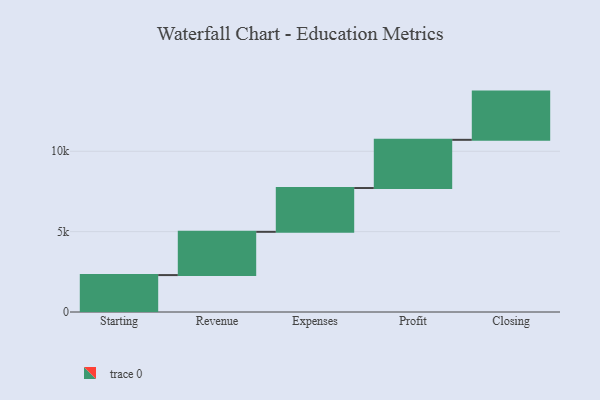
{"axis": {"x": "Step", "y": "Value"}, "legend": [""], "data": [{"x": "Starting", "y": 2297.0, "type": ""}, {"x": "Revenue", "y": 2692.0, "type": ""}, {"x": "Expenses", "y": 2724.0, "type": ""}, {"x": "Profit", "y": 3000, "type": ""}, {"x": "Closing", "y": 3000, "type": ""}]}